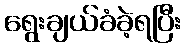
ရွေးချယ်ခံခဲ့ရပြီး